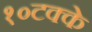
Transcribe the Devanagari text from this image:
१०टक्के